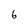
Character: 6